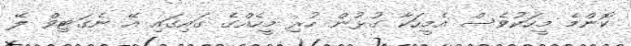
ކޮންމެ މީހަކުވެސް އެމީހަކާ ގުޅުން ހުރި މީހެއްގެ ގައިގައި އޭ ނެގަޓިވް ލޭ